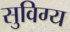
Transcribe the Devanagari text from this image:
सुविग्य